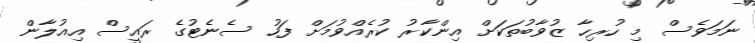
ނަމަވެސް މި ހުރިހާ ޒުވާބުތަކަށް އިންކާރު ކުރެއްވުމަށް ފަހު ސެނެޓުގެ ރައީސް އިއުލާން